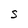
Character: S